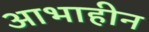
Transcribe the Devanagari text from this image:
आभाहीन